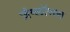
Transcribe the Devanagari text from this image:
ज़ैग्लॉसस